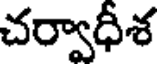
చర్వాధీశ